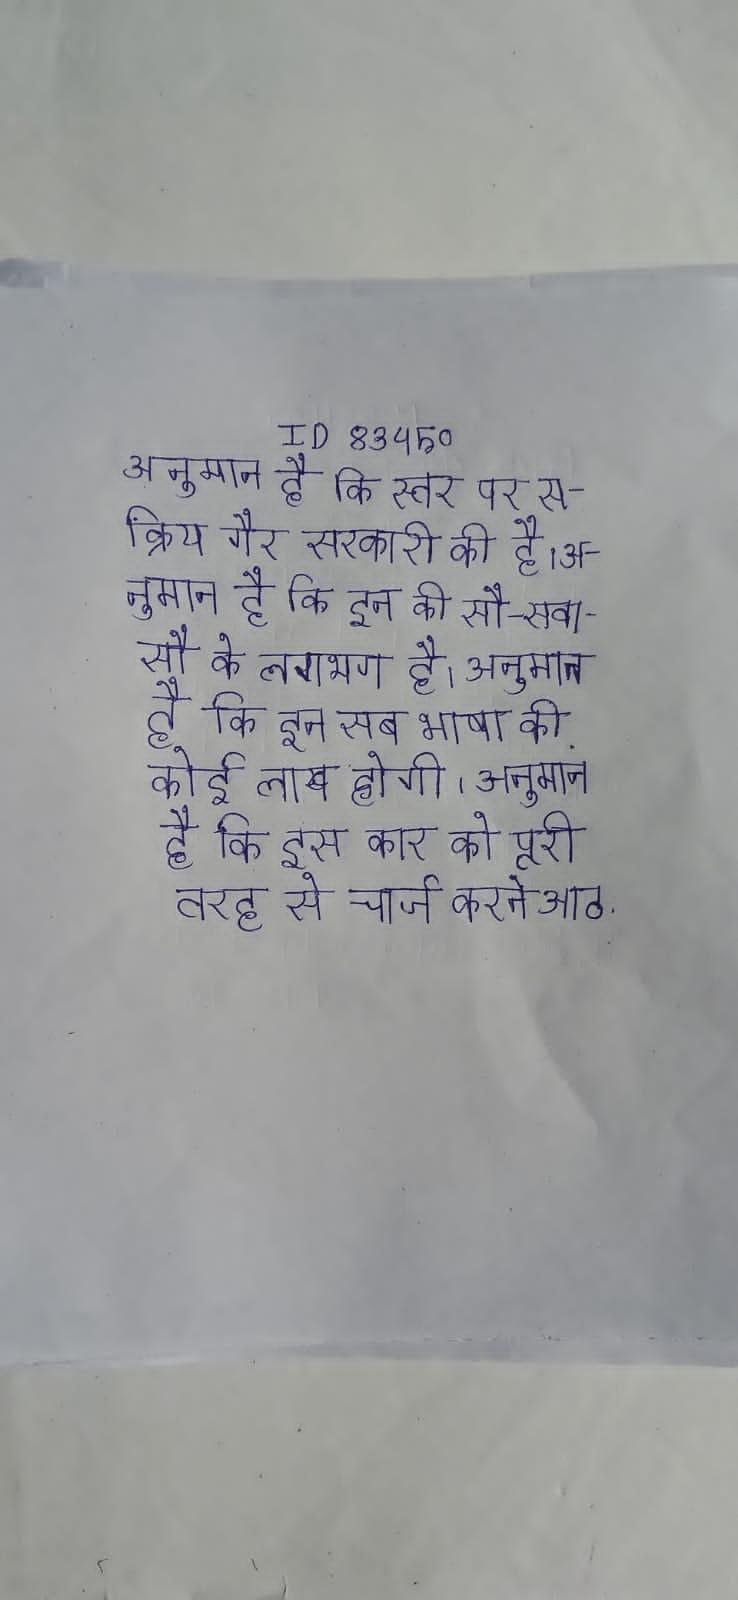
अनुमान है कि स्तर पर सक्रिय गैर सरकारी की है । अनुमान है कि इन की सौ-सवा सौ के लगभग है । अनुमान है कि इन सब भाषा की कोई लाख होगी । अनुमान है कि इस कार को पूरी तरह से चार्ज करने आठ .